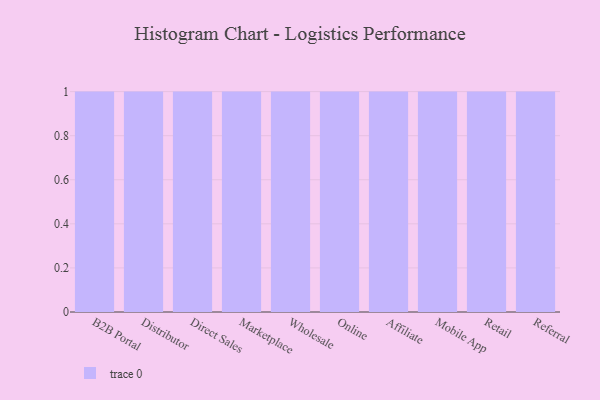
{"axis": {"x": "Channel", "y": "Conversion Rate (%)"}, "legend": [""], "data": [{"x": "B2B Portal", "y": 50, "type": ""}, {"x": "Distributor", "y": 84, "type": ""}, {"x": "Direct Sales", "y": 4, "type": ""}, {"x": "Marketplace", "y": 100, "type": ""}, {"x": "Wholesale", "y": 40, "type": ""}, {"x": "Online", "y": 80, "type": ""}, {"x": "Affiliate", "y": 64, "type": ""}, {"x": "Mobile App", "y": 45, "type": ""}, {"x": "Retail", "y": 21, "type": ""}, {"x": "Referral", "y": 79, "type": ""}]}